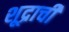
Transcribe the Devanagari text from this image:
शूद्राची